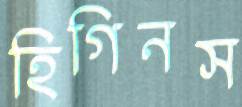
হিগিনস